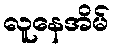
လူနေအိမ်